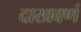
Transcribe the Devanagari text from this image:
दाखवणं